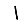
Digit: 1